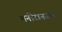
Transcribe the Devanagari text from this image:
मनोरानजन